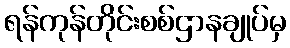
ရန်ကုန်တိုင်းစစ်ဌာနချုပ်မှ